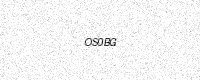
Text: OS0BG